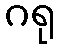
ဂရု